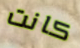
كانت